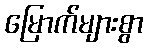
မြောက်များစွာ